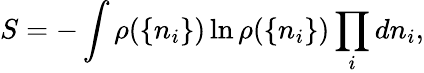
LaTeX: S=-\int\rho(\{ n_{i}\} )\ln\rho(\{ n_{i}\} )\prod_{i}dn_{i},